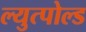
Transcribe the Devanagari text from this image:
ल्युत्पोल्ड